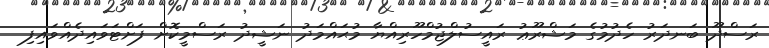
ރަސްދޫ ބަނދަރު ހެދުމުގެ މަޝްރޫޢު ރައީސުލްޖުމްހޫރިއްޔާ މުޙައްމަދު ނަޝީދު ރަސްމީކޮށް ފަށްޓަވައިދެއްވައިފި